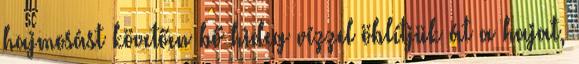
hajmosást követően bő hideg vízzel öblítjük át a hajat,